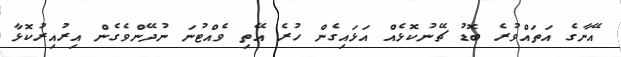
އޭނާގެ އަތައްވުރެ ބޮޑު ޗޭނުކޮޅެއް އަޅައިގެން ހުރެ އޭތި ވެއްޓުނަ ނުދޭންވެގެން އިރުއިރުކޮޅާ